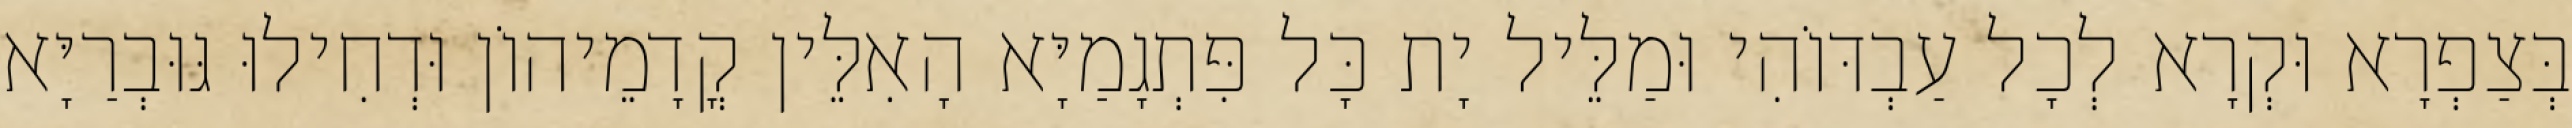
בְּצַפְרָא וּקְרָא לְכָל עַבְדּוֹהִי וּמַלֵּיל יָת כָּל פִּתְגָמַיָּא הָאִלֵּין קֳדָמֵיהוֹן וּדְחִילוּ גּוּבְרַיָּא